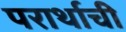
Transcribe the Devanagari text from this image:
परार्थाची